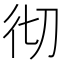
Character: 彻